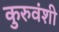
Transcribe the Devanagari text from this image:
कुरुवंशी